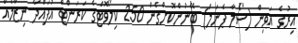
އިރުގެ އަވިން (ސޯލާ ޕެނަލް) ބޭނުންކޮށްގެން 250 ކިލޯވޮޓްގެ ކަރަންޓް އުފައްދާ ނިޒާމެއް